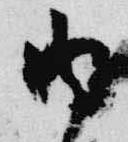
内